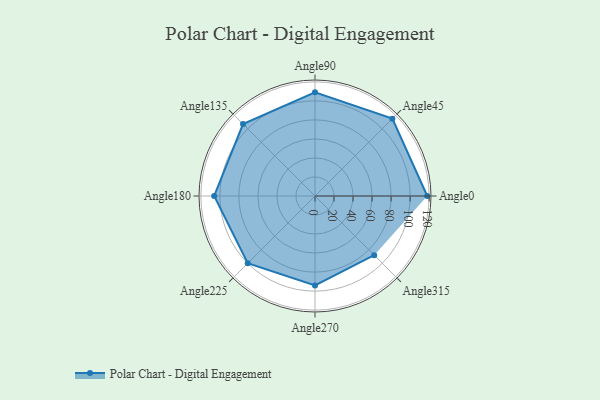
{"axis": {"x": "Angle", "y": "Radius"}, "legend": [""], "data": [{"x": "Angle0", "y": 118.0, "type": ""}, {"x": "Angle45", "y": 115.0, "type": ""}, {"x": "Angle90", "y": 109.0, "type": ""}, {"x": "Angle135", "y": 107.0, "type": ""}, {"x": "Angle180", "y": 106.0, "type": ""}, {"x": "Angle225", "y": 100.0, "type": ""}, {"x": "Angle270", "y": 94.0, "type": ""}, {"x": "Angle315", "y": 88.0, "type": ""}]}